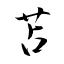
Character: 苫